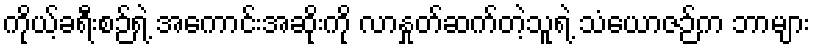
ကိုယ့်ခရီးစဉ်ရဲ့ အကောင်းအဆိုးကို လာနှုတ်ဆက်တဲ့သူရဲ့ သံယောဇဉ်က ဘာများ